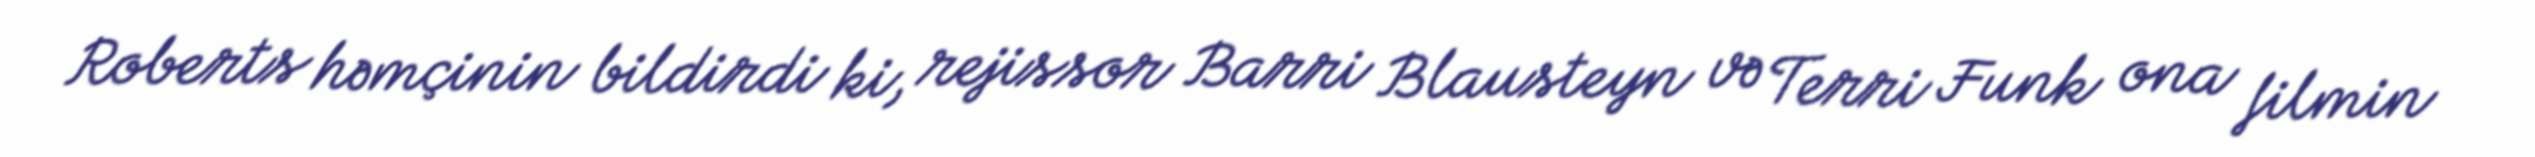
Roberts həmçinin bildirdi ki, rejissor Barri Blausteyn və Terri Funk ona filmin